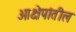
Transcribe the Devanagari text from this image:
आक्षेपांतील